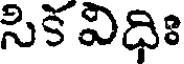
సిక విధిః